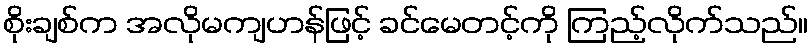
စိုးချစ်က အလိုမကျဟန်ဖြင့် ခင်မေတင့်ကို ကြည့်လိုက်သည်။